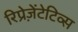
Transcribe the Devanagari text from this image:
रिप्रेज़ेंटेटिव्स